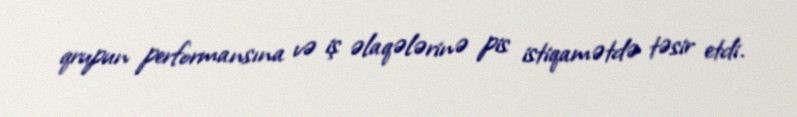
qrupun performansına və iş əlaqələrinə pis istiqamətdə təsir etdi.